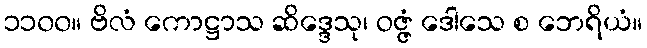
၁၁၀၀။ ဗိလံ ကောဋ္ဌာသ ဆိဒ္ဒေသု၊ ဝဇ္ဇံ ဒေါသေ စ ဘေရိယံ။